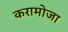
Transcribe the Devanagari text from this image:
करामोजा